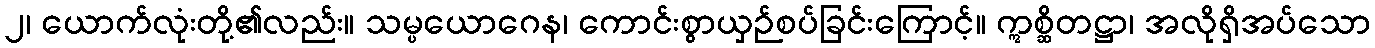
၂၊ ယောက်လုံးတို့၏လည်း။ သမ္ပယောဂေန၊ ကောင်းစွာယှဉ်စပ်ခြင်းကြောင့်။ ဣစ္ဆိတဋ္ဌာ၊ အလိုရှိအပ်သော